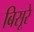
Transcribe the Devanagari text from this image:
बिसूरे